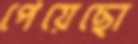
পেয়েছো